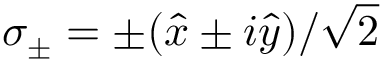
\sigma _ { \pm } = \pm ( \hat { x } \pm i \hat { y } ) / \sqrt { 2 }